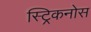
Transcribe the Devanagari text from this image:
स्ट्रिकनोस